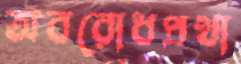
অবরোধপ্রথা